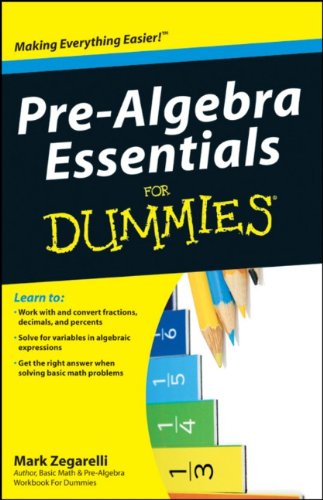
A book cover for Pre-Algebra Essentials For Dummies; Mark Zegarelli; Science & Math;